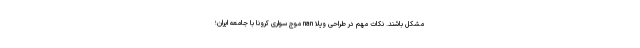
مشکل باشند. نکات مهم در طراحی ویلا nan موج سواری کرونا با جامعه ایران؛